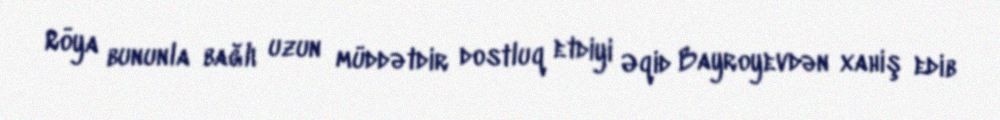
Röya bununla bağlı uzun müddətdir dostluq etdiyi Əqid Bayroyevdən xahiş edib